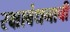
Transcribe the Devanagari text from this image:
रक्षाबंधनाची